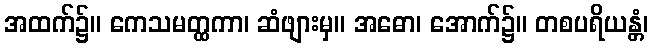
အထက်၌။ ကေသမတ္ထကာ၊ ဆံဖျားမှ။ အဓော၊ အောက်၌။ တစပရိယန္တံ၊